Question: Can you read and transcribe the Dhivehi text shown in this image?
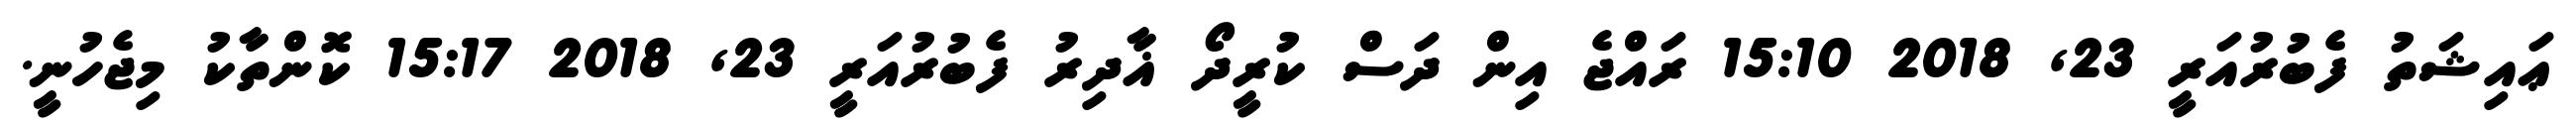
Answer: ޢައިޝަތު ފެބުރުއަރީ 23, 2018 15:10 ރައްޖެ އިން ދަސް ކުރީދޯ ޣާދިރު ފެބުރުއަރީ 23, 2018 15:17 ކޮންތާކު މިޖެހުނީ.